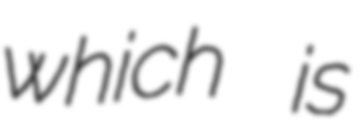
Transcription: which is